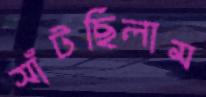
সাঁটছিলাম